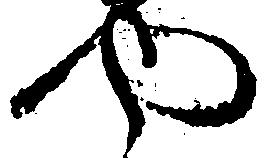
や